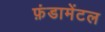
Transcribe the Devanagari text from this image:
फ़ंडामेंटल